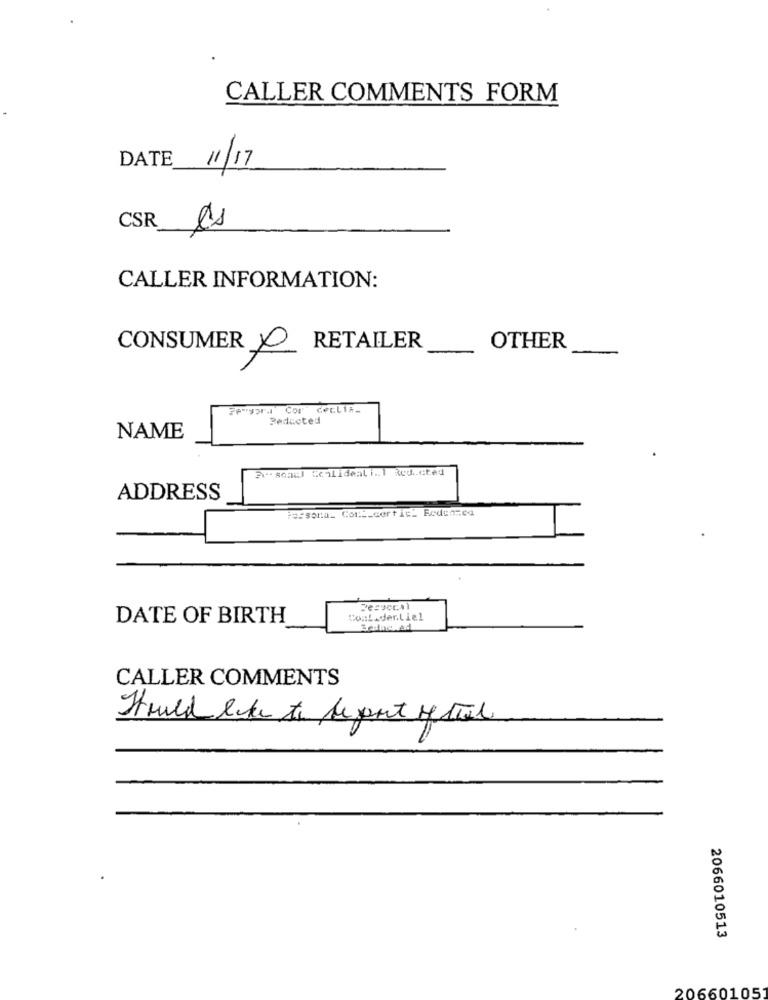
CALLER COMMENTS FORM
DATE
11/17
CSR
es
CALLER INFORMATION:
RETAILER
OTHER
CONSUMER R
Peducted
NAME
Fiscal teilideali .. 1 Red .. cted
ADDRESS
Persona_ Cont_certic_ Feduarea
DesuccAl
DATE OF BIRTH
Confidentiel
CALLER COMMENTS
Should like to de port He thit
2066010513
206601051